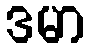
ဒမာ